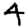
Digit: 4